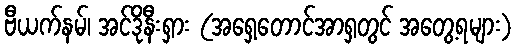
ဗီယက်နမ်၊ အင်ဒိုနီးရှား (အရှေ့တောင်အာရှတွင် အတွေ့ရများ)